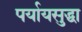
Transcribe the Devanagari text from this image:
पर्यायसुद्धा